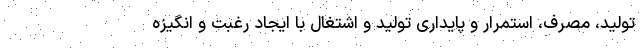
تولید، مصرف، استمرار و پایداری تولید و اشتغال با ایجاد رغبت و انگیزه